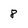
Character: 8